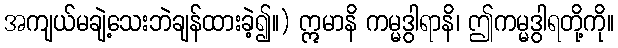
အကျယ်မချဲ့သေးဘဲချန်ထားခဲ့၍။) ဣမာနိ ကမ္မဒွါရာနိ၊ ဤကမ္မဒွါရတို့ကို။